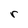
Character: r